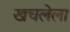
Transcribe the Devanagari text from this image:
खचलेला